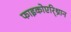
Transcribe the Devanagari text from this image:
फाइकोएरि्थ्रान